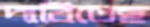
দাবিতেছ